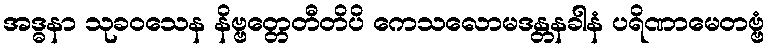
အဒ္ဓနာ သုခဝသေန နိဗ္ဗတ္တေတီတိပိ ကေသလောမဒန္တနခါနံ ပရိဏာမေတဗ္ဗံ